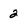
Character: 2